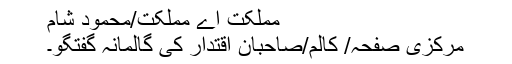
مملکت اے مملکت/محمود شام
مرکزی صفحہ/ کالم/صاحبانِ اقتدار کی گالمانہ گفتگو۔